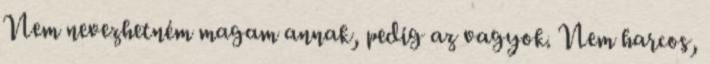
Nem nevezhetném magam annak, pedig az vagyok. Nem harcos,